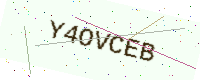
Text: Y4OVCEB